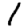
Digit: 1